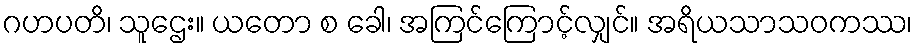
ဂဟပတိ၊ သူဌေး။ ယတော စ ခေါ၊ အကြင်ကြောင့်လျှင်။ အရိယသာသဝကဿ၊